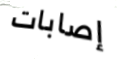
إصابات